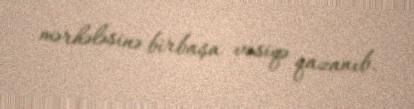
mərhələsinə birbaşa vəsiqə qazanıb.